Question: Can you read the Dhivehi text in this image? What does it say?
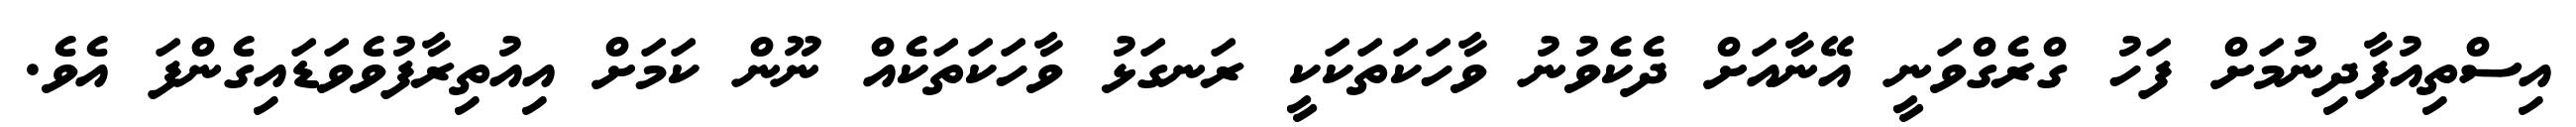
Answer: އިސްތިއުފާދިނުމަށް ފަހު ގްރެގްވަނީ އޭނާއަށް ދެކެވުނު ވާހަކަތަކަކީ ރަނގަޅު ވާހަކަތަކެއް ނޫން ކަމަށް އިއުތިރާފުވެވަޑައިގެންފަ އެވެ.